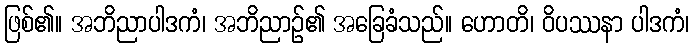
ဖြစ်၏။ အဘိညာပါဒကံ၊ အဘိညာဉ်၏ အခြေခံသည်။ ဟောတိ၊ ဝိပဿနာ ပါဒကံ၊